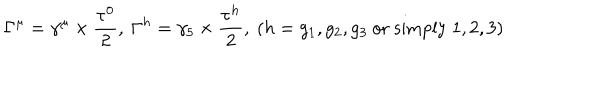
LaTeX: \Gamma ^ { \mu } = \gamma ^ { \mu } \times \frac { \tau ^ { 0 } } { 2 } , \ \Gamma ^ { h } = \gamma _ { 5 } \times \frac { \tau ^ { h } } { 2 } , \ ( h = g _ { 1 } , g _ { 2 } , g _ { 3 } \mathrm { \ o r \ s i m p l y \ } 1 , 2 , 3 )